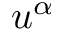
u ^ { \alpha }